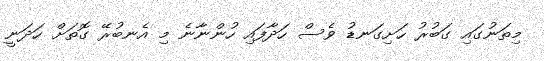
މިތަނުގައި ގަބުރު ހަށިގަނޑު ވެސް ހަދާފައި ހުންނާނެ މި އެނބުރޭ ގޮތަށް ހަދަނީ